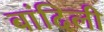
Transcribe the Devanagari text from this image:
बांदिली